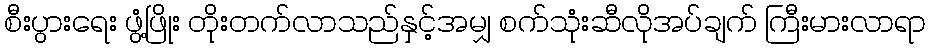
စီးပွားရေး ဖွံ့ဖြိုး တိုးတက်လာသည်နှင့်အမျှ စက်သုံးဆီလိုအပ်ချက် ကြီးမားလာရာ